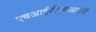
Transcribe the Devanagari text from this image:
एचआईवीएचआईवी